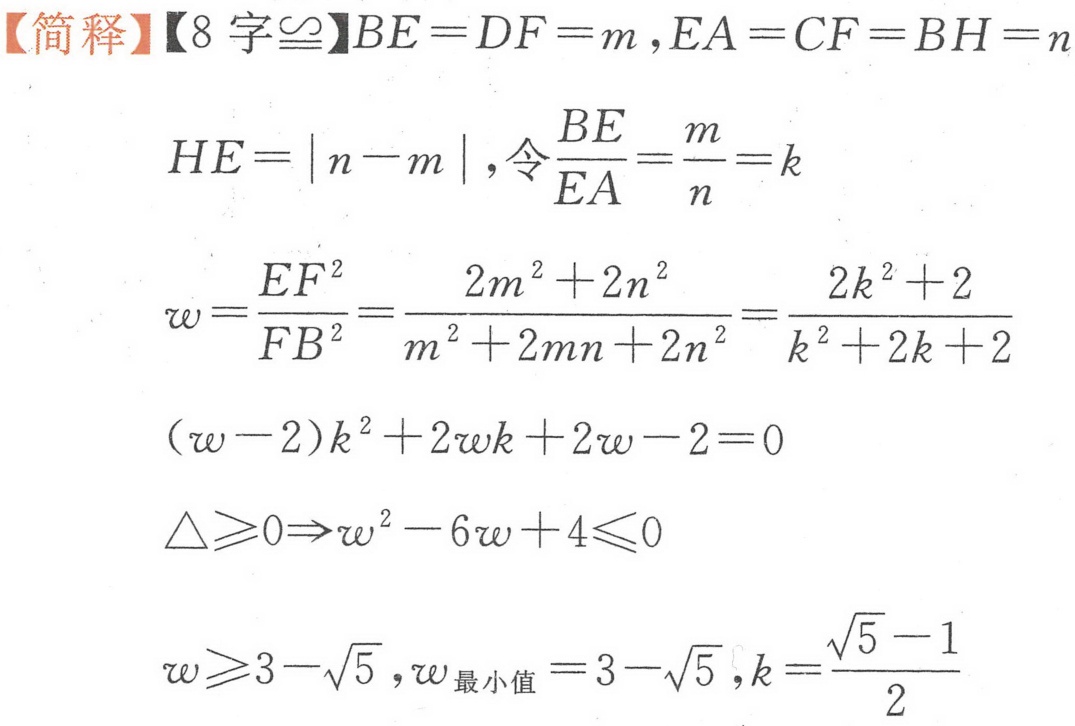
【简释】【8 字\(\cong\)】\(BE = DF = m,EA = CF = BH = n\)
\(HE = |n - m|\),令\(\frac{BE}{EA}=\frac{m}{n}=k\)
\(w=\frac{EF^{2}}{FB^{2}}=\frac{2m^{2}+2n^{2}}{m^{2}+2mn + 2n^{2}}=\frac{2k^{2}+2}{k^{2}+2k + 2}\)
\((w - 2)k^{2}+2wk+2w - 2 = 0\)
\(\triangle\geqslant0\Rightarrow w^{2}-6w + 4\leqslant0\)
\(w\geqslant3-\sqrt{5},w_{\text{最小值}}=3-\sqrt{5},k=\frac{\sqrt{5}-1}{2}\)